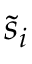
{ \tilde { s } } _ { i }